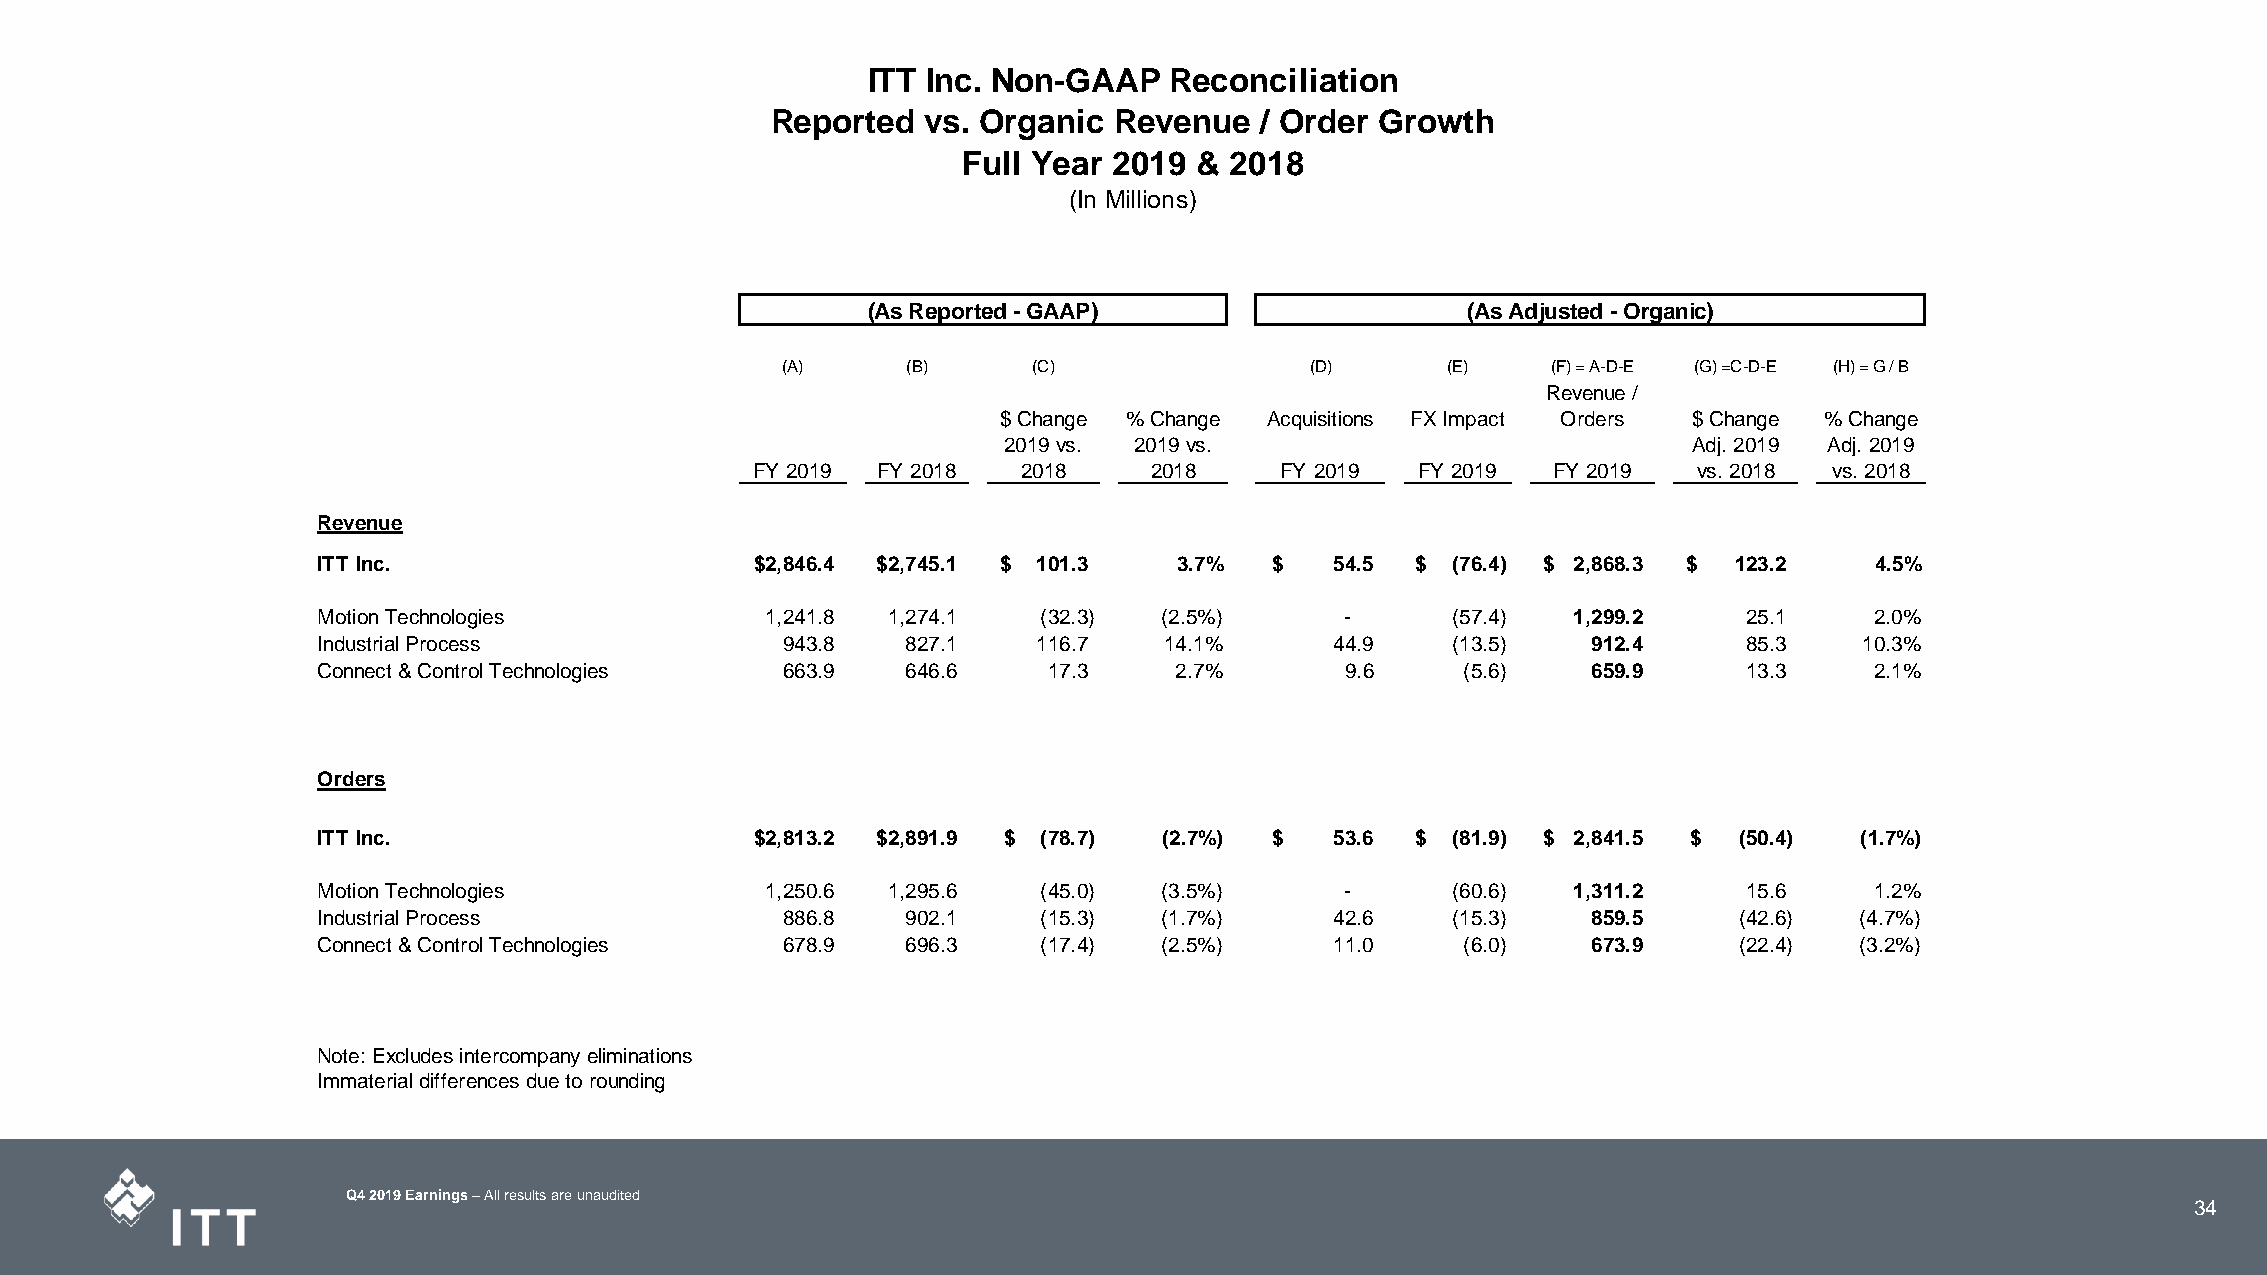
ITT Inc. Non-GAAP   Reconciliation
 Reported  vs. Organic  Revenue  / Order Growth
 Full Year 2019 & 2018
 (In Millions)
 (As Reported - GAAP)                    (As Adjusted - Organic)
 (A)     (B)     (C)                (D)      (E)    (F) = A-D-E (G) =C-D-E (H) = G / B
 Revenue /
 $ Change % Change Acquisitions FX Impact Orders $ Change % Change
 2019 vs. 2019 vs.                             Adj. 2019 Adj. 2019
 FY 2019 FY 2018   2018    2018     FY 2019  FY 2019  FY 2019  vs. 2018 vs. 2018
 Revenue
 ITT Inc.                     $2 ,846.4 $2 ,745.1 $ 1 01.3 3.7% $   5 4.5 $ ( 76.4) $ 2 ,868.3 $ 1 23.2 4.5%
 Motion Technologies           1 ,241.8 1 ,274.1 ( 32.3) (2.5%)      -      ( 57.4) 1 ,299.2    2 5.1   2.0%
 Industrial Process             9 43.8  8 27.1   1 16.7  14.1%      4 4.9   ( 13.5)  9 12.4     8 5.3  10.3%
 Connect & Control Technologies 6 63.9  6 46.6   1 7.3    2.7%       9 .6    ( 5.6)  6 59.9     1 3.3   2.1%
 Orders
 ITT Inc.                     $2 ,813.2 $2 ,891.9 $ ( 78.7) (2.7%) $ 5 3.6 $ ( 81.9) $ 2 ,841.5 $ ( 50.4) (1.7%)
 Motion Technologies           1 ,250.6 1 ,295.6 ( 45.0) (3.5%)      -      ( 60.6) 1 ,311.2    1 5.6   1.2%
 Industrial Process             8 86.8  9 02.1   ( 15.3) (1.7%)     4 2.6   ( 15.3)  8 59.5    ( 42.6) (4.7%)
 Connect & Control Technologies 6 78.9  6 96.3   ( 17.4) (2.5%)     1 1.0    ( 6.0)  6 73.9    ( 22.4) (3.2%)
 Note: Excludes intercompany eliminations
 Immaterial differences due to rounding
 Q4 2019 Earnings –All results are unaudited
 34
 34